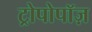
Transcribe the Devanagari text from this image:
ट्रोपोपॉज़